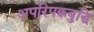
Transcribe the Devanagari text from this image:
अपरिपक्वबुद्धि